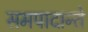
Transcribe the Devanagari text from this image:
समपादान्ते